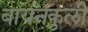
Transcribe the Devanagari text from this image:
बायनकुली